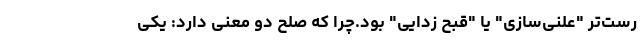
رست‌تر "علنی‌سازی" یا "قبح زدایی" بود.چرا که صلح دو معنی دارد: یکی